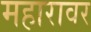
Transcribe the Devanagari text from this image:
महारावर